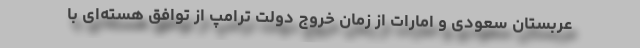
عربستان سعودی و امارات از زمان خروج دولت ترامپ از توافق هسته‌ای با